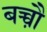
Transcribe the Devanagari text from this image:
बच्चौ़